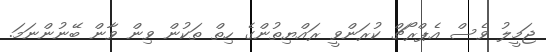
ޖަމީލު ވެސް އެޕްރޯޗް ކުރަންވީ ރައްޔިތުންގެ ހިތް ތަކުން ވިން ވާން ބޭނުންނަމަ.